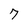
Character: 7